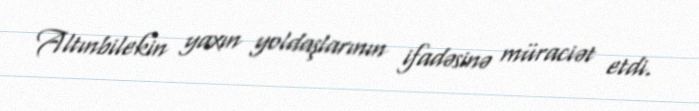
Altınbilekin yaxın yoldaşlarının ifadəsinə müraciət etdi.